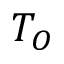
T _ { O }